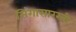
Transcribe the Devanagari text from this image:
सिंगासारखी